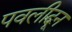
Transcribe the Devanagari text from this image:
पवलीदून